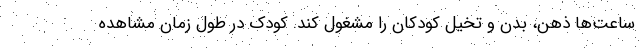
ساعت‌ها ذهن، بدن و تخیل کودکان را مشغول کند. کودک در طول زمان مشاهده